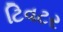
ટિવટર